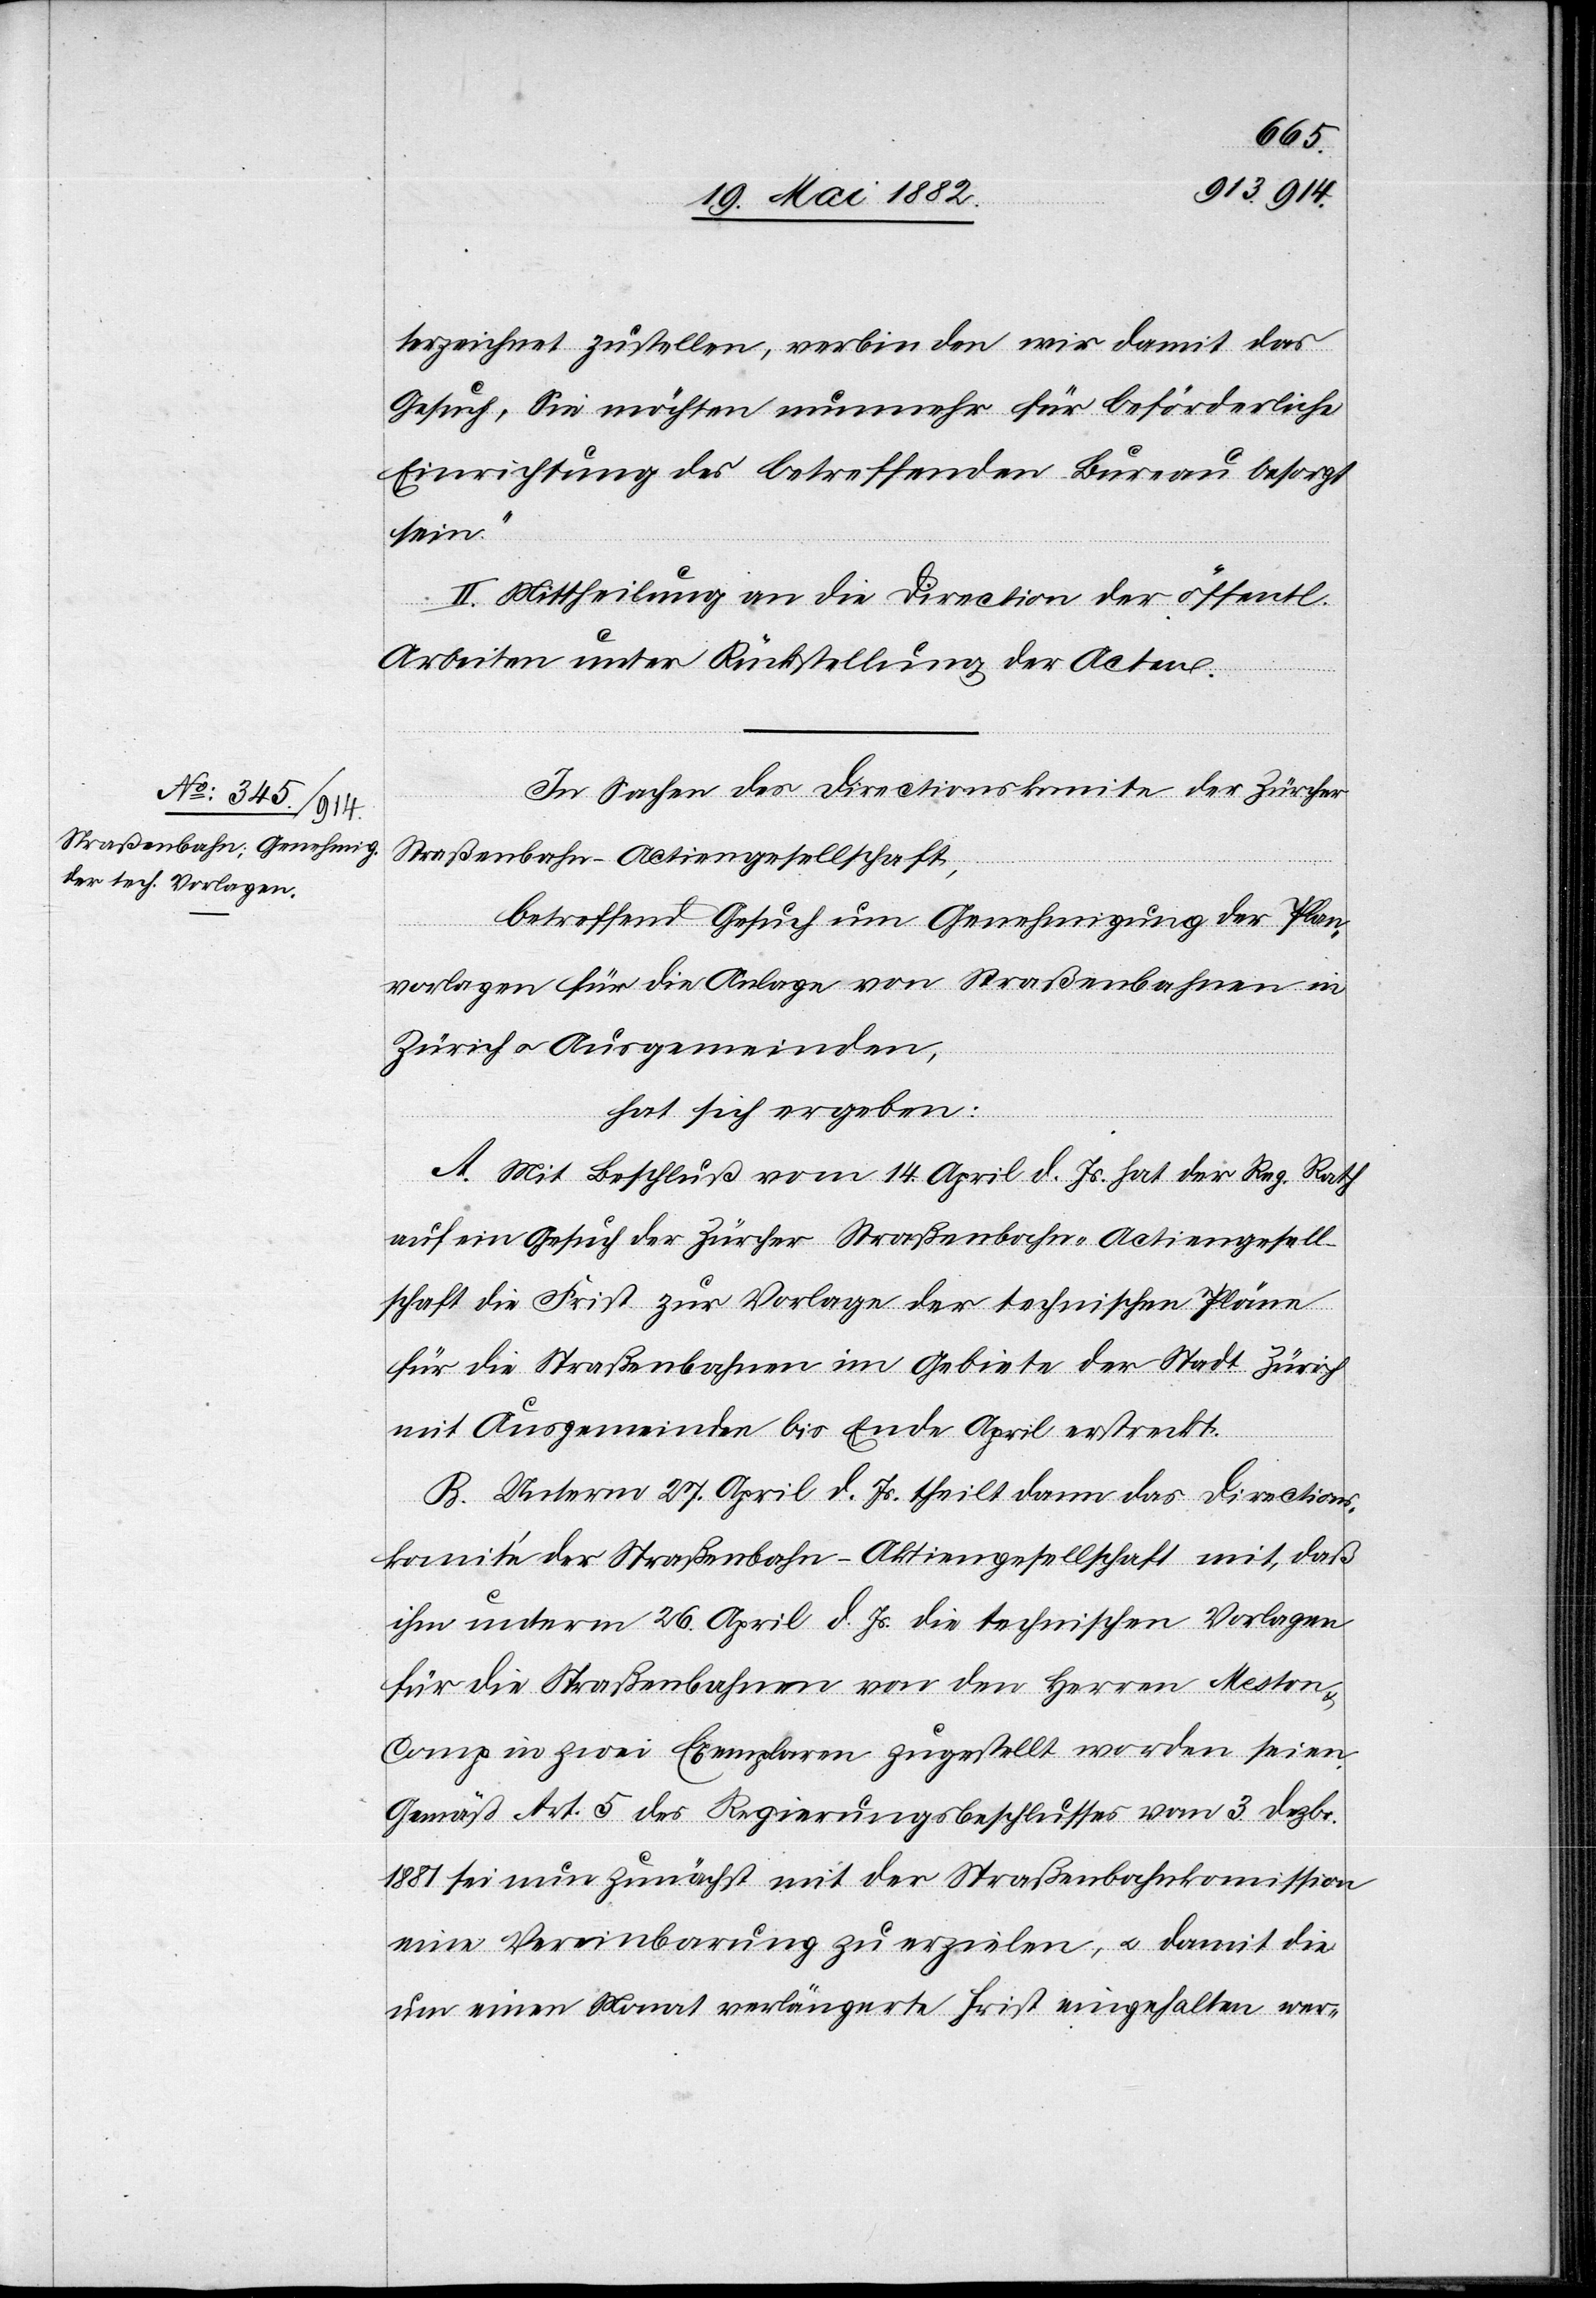
terzeichnet zustellen, verbinden wir damit das
Gesuch, Sie möchten nunmehr für beförderliche
Einrichtung des betreffenden Bureau besorgt
sein.“
II. Mittheilung an die Direction der öffentl.
Arbeiten unter Rückstellung der Acten.
In Sachen des Directionskomite der Züricher
Straßenbahn-Actiengesellschaft,
betreffend Gesuch um Genehmigung der Plan¬
vorlagen für die Anlage von Straßenbahnen in
Zürich u. Ausgemeinden,
hat sich ergeben:
A. Mit Beschluß vom 14. April d. Js. hat der Reg. Rath
auf ein Gesuch der Züricher Straßenbahn-Actiengesell¬
schaft die Frist zur Vorlage der technischen Pläne
für die Straßenbahnen im Gebiete der Stadt Zürich
mit Ausgemeinden bis Ende April erstreckt.
B. Unterm 27. April d. Js. theilt dann das Direction¬
skomité der Straßenbahn-Actiengesellschaft mit, daß
ihm unterm 26. April d. Js. die technischen Vorlagen
für die Straßenbahnen von den Herren Meston
Comp. in zwei Exemplaren zugestellt worden seien.
Gemäß Art. 5 des Regierungsbeschlusses vom 3. Dezbr.
1881 sei nun zunächst mit der Straßenbahnkommission
eine Vereinbarung zu erzielen, u. damit die
um einen Monat verlängerte Frist eingehalten wer-